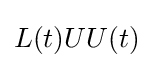
L(t)UU(t)